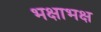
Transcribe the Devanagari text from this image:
भक्षाभक्ष